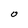
Character: O